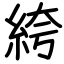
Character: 絝